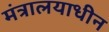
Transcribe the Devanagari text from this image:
मंत्रालयाधीन